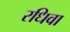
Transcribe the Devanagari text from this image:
रधिवा